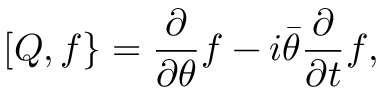
[ Q , f \} = { \frac { \partial } { \partial \theta } } f - i { \bar { \theta } } { \frac { \partial } { \partial t } } f ,